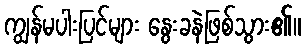
ကျွန်မပါးပြင်များ နွေးခနဲဖြစ်သွား၏။